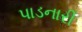
પાડનારી